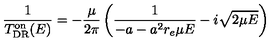
\frac { 1 } { T _ { \mathrm { D R } } ^ { \mathrm { o n } } ( E ) } = - \frac { \mu } { 2 \pi } \left( \frac { 1 } { - a - a ^ { 2 } r _ { e } \mu E } - i \sqrt { 2 \mu E } \right)